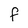
Character: f